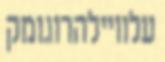
עלוויילהרוגומק